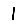
Digit: 1